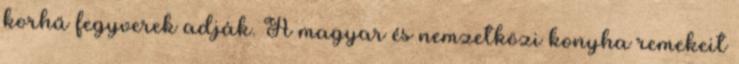
korhű fegyverek adják. A magyar és nemzetközi konyha remekeit